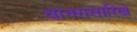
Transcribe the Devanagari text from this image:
वानरासारिखे